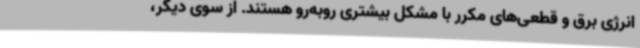
انرژی برق و قطعی‌های مکرر با مشکل بیشتری روبه‌رو هستند. از سوی دیگر،